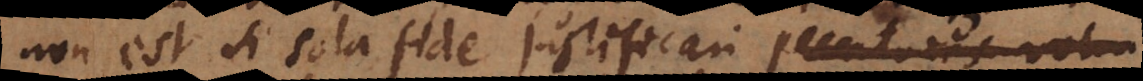
non est si sola fide justificari homines volunt,